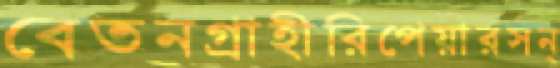
বেতনগ্রাহীরিপেয়ারসন্